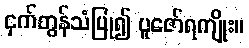
ငှက်တွန်သံပြု၍ ပူဇော်ရကျိုး။